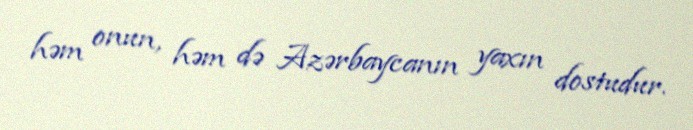
həm onun, həm də Azərbaycanın yaxın dostudur.